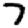
Digit: 7